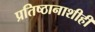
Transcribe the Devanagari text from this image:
प्रतिष्ठानाशीही